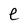
Character: e